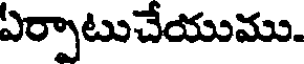
ఏర్పాటుచేయుము.